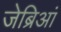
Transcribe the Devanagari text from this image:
जेब्रिआं